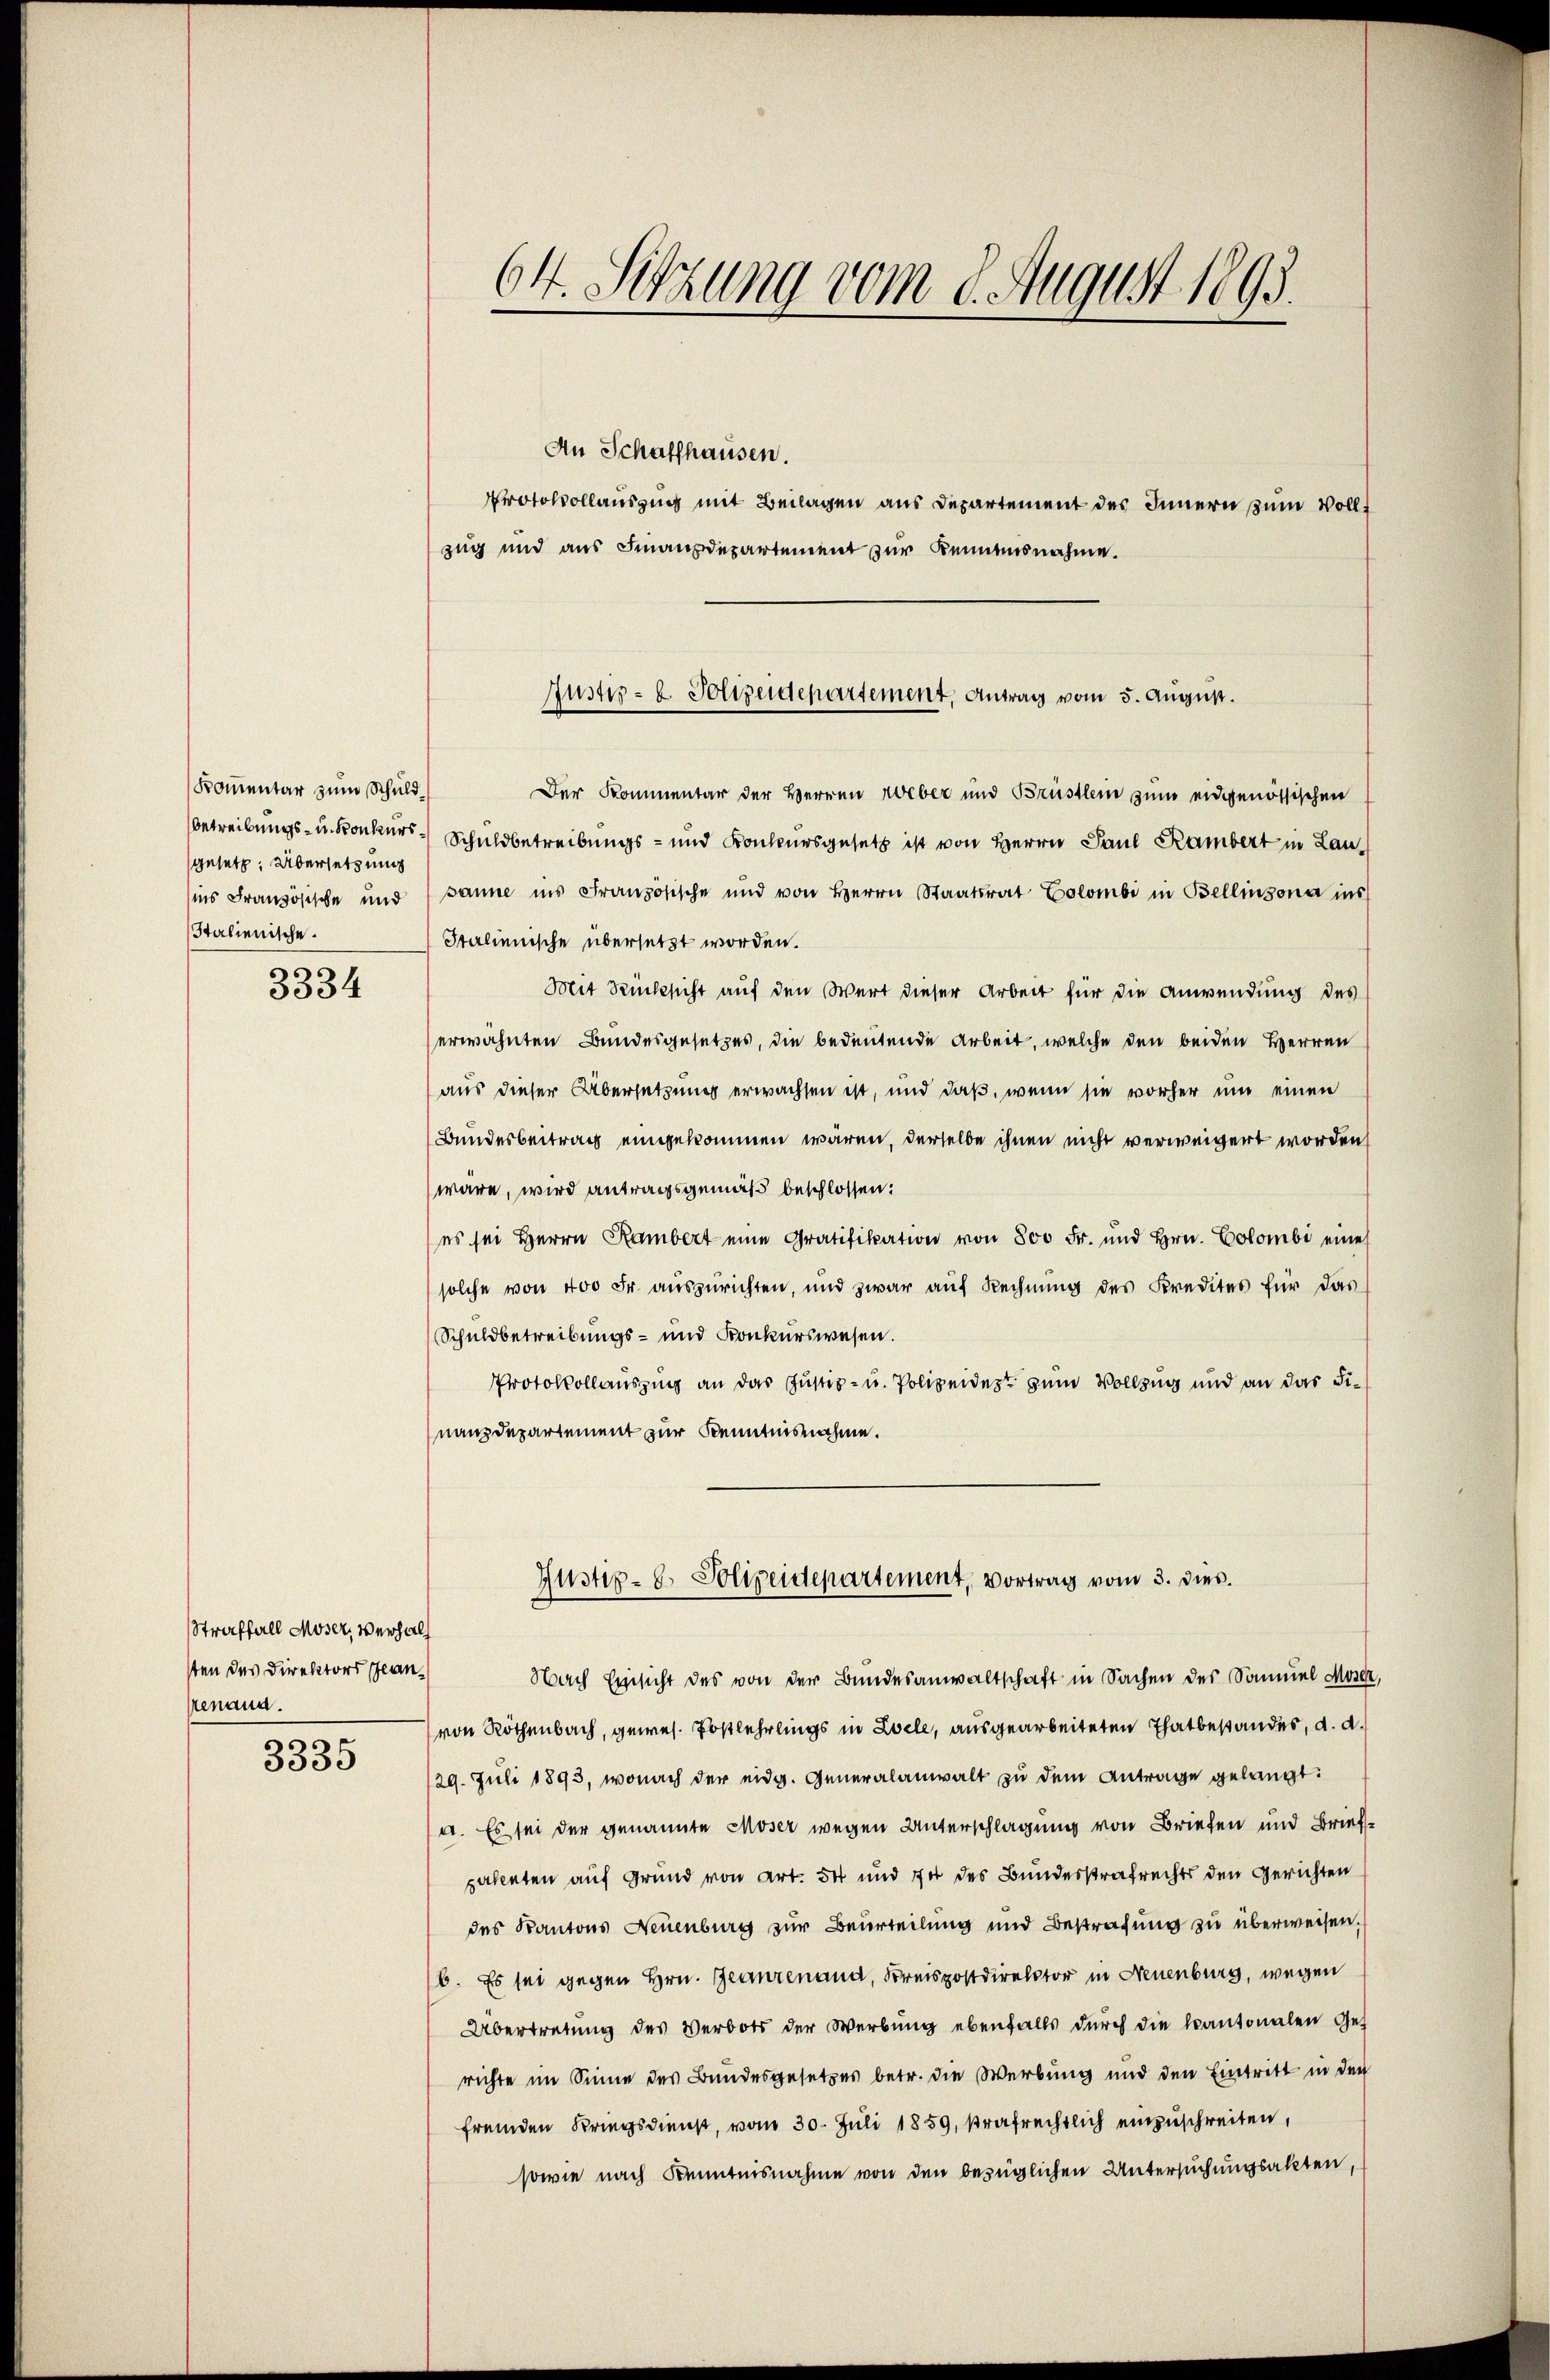
Komentar zum Schuldsgesetz; Übersetzung
Italienische.

3334

Straffall Moser, Verhal
sten des Direktors Planstenand.

3335

An Schaffhausen.
Protokollauszug mit Beilagen aus Departement des Innern zum Vollzug und aus Finanzdepartement zur Kennensnahme.
Der Kommentar der Herren Weber und Brüstlein zum eidgenössischen
betreibungs- u. Konkurs- Schuldbetreibungs- und Konkursgesetz ist von Herrn Paul Rambert in Lausins Französische und sanne ins Französische und von Herrn Staatsrat Colombi in Bellinzona ins
Italienische übersetzt worden.
Mit Rücksicht auf den Wert dieser Arbeit für die Anwendung des
erwähnten Bundesgesetzes, die bedeutende Arbeit, welche den beiden Herren
aus dieser Übersetzung erwachsen ist, und daß, wenn sie vorher um einen
Bundesbeitrag eingekommen wären, derselbe ihnen nicht verweigert worden
wäre, wird antragsgemäß beschlossen:
es sei Herrn Rambert eine Gratifikation von 800 Fr. und Hrn. Colombi eines
solche von 400 Fr. aŭszŭrichten, und zwar aŭf Rechnŭng des Kredites für das
Schuldbetreibungs- und Konkurswesen.
Protokollauszug an das Justiz- u. Polizeidest zum Vollzug und an das Finanzdepartement zur Kenntnisnahme.
Justiz- & Polizeidepartement, Vortrag vom 3. dies
Nach Einsicht des von der Bundesanwaltschaft in Sachen des Sommel Moser,
(von Rothenbach, gewes. Postlehrlings in Loele, ausgearbeiteten Thatbestandes, d. d.
129. Juli 1893, wonach der eidg. Generalanwalt zu dem Antrage gelangt:
a. Es sei der genannte Moser wegen Unterschlagung von Briefen und Briefpatenten auf Grund von Art. 54 und in des Bundesstrafrechts den Gerichten
des Kantons Neuenburg zur Beurteilung und Bestrafung zu überweisen,
6. Es sei gegen Hrn. Jeanrenana, Kreispostdirektor in Neuenburg, wegen
Übertretung des Verbots der Werbung ebenfalls durch die Kantonalen Ges
richte im Sinne des Bundesgesetzes betr. die Werbung und den Eintritt in den
fremden Kriegsdienst, vom 30. Juli 1859, strafrechtlich einzuschreiten,
sowie nach Kenntnisnahme von den bezüglichen Untersuchungsakten,

64. Sitzung vom 8. August 1893.

Justiz- & Polizeidepartement, Antrag vom 5. August.